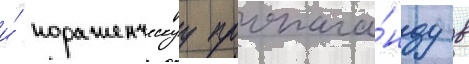
и́ пораженческуу пропага́нду в